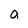
Character: a